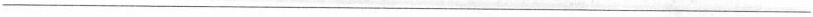
___